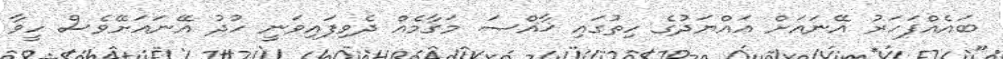
ބައެއްފަހަރު އޭނައަށް އައްޔަދުގެ ހިތުގައި ޚާއްޞަ މަގާމެއް ދެވިފައިވަނީ ހުދު އޭނައަށޭވެސް ހީވާ